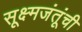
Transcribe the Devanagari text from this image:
सूक्ष्मजंतूंची